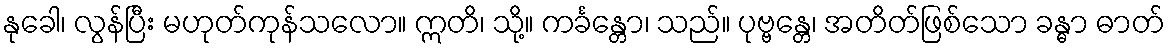
နုခေါ၊ လွန်ပြီး မဟုတ်ကုန်သလော။ ဣတိ၊ သို့။ ကင်္ခန္တော၊ သည်။ ပုဗ္ဗန္တေ၊ အတိတ်ဖြစ်သော ခန္ဓာ ဓာတ်